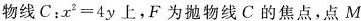
物线C：$$x ^ { 2 } = 4 y$$上，F为抛物线C的焦点，点M